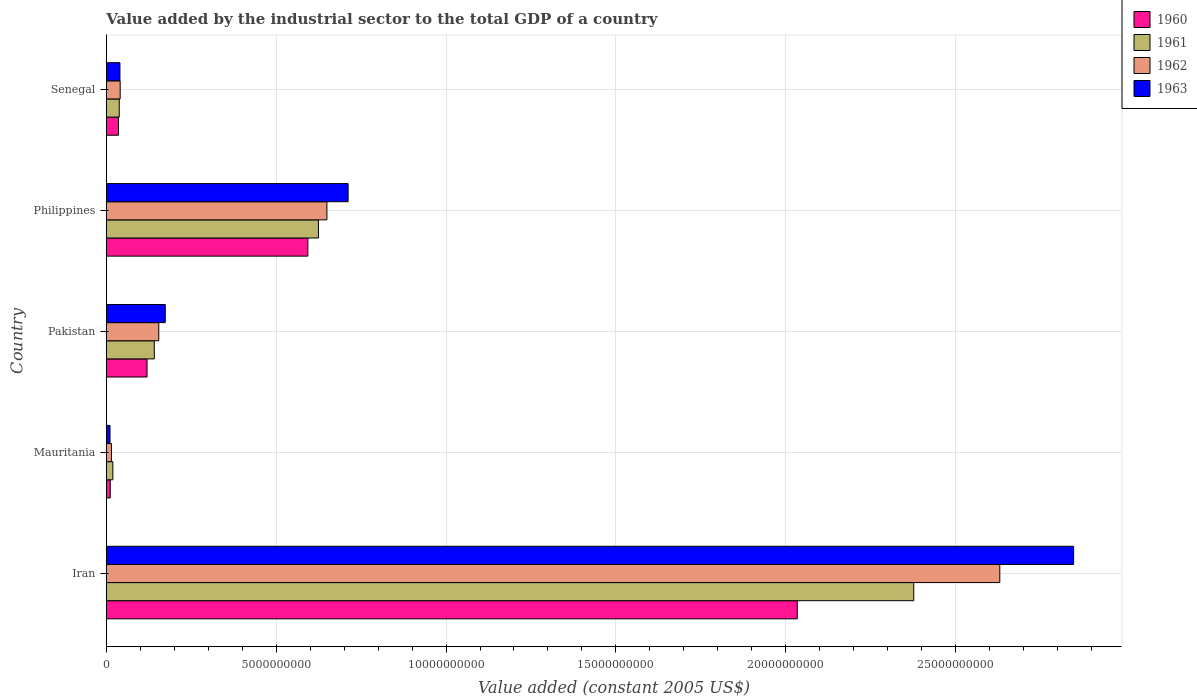
| Country | 1960 | 1961 | 1962 | 1963 |
 | --- | --- | --- | --- | --- |
 | Iran | 2.03e+10 | 2.38e+10 | 2.63e+10 | 2.85e+10 |
 | Mauritania | 1.15e+08 | 1.92e+08 | 1.51e+08 | 1.08e+08 |
 | Pakistan | 1.2e+09 | 1.41e+09 | 1.54e+09 | 1.74e+09 |
 | Philippines | 5.93e+09 | 6.24e+09 | 6.49e+09 | 7.12e+09 |
 | Senegal | 3.58e+08 | 3.8e+08 | 4.08e+08 | 4.01e+08 |